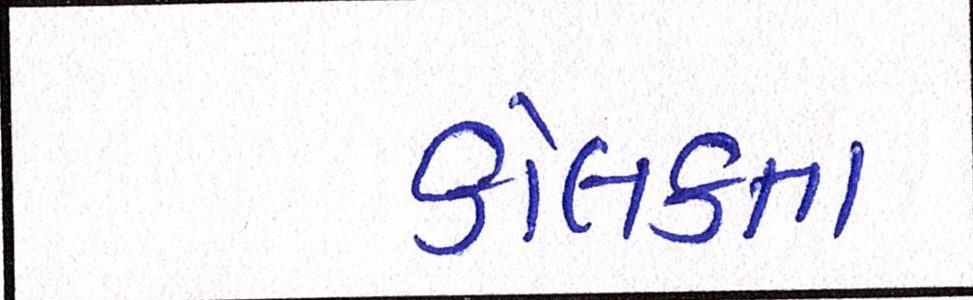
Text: કોલકતા